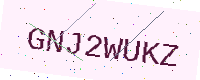
Text: GNJ2WUKZ